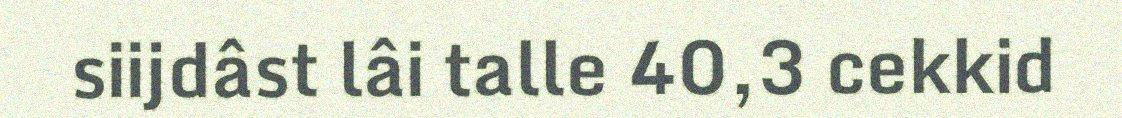
siijdâst lâi talle 40,3 cekkid